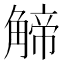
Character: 𧤍